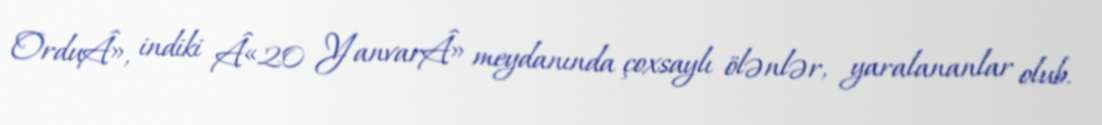
OrduÂ», indiki Â«20 YanvarÂ» meydanında çoxsaylı ölənlər, yaralananlar olub.